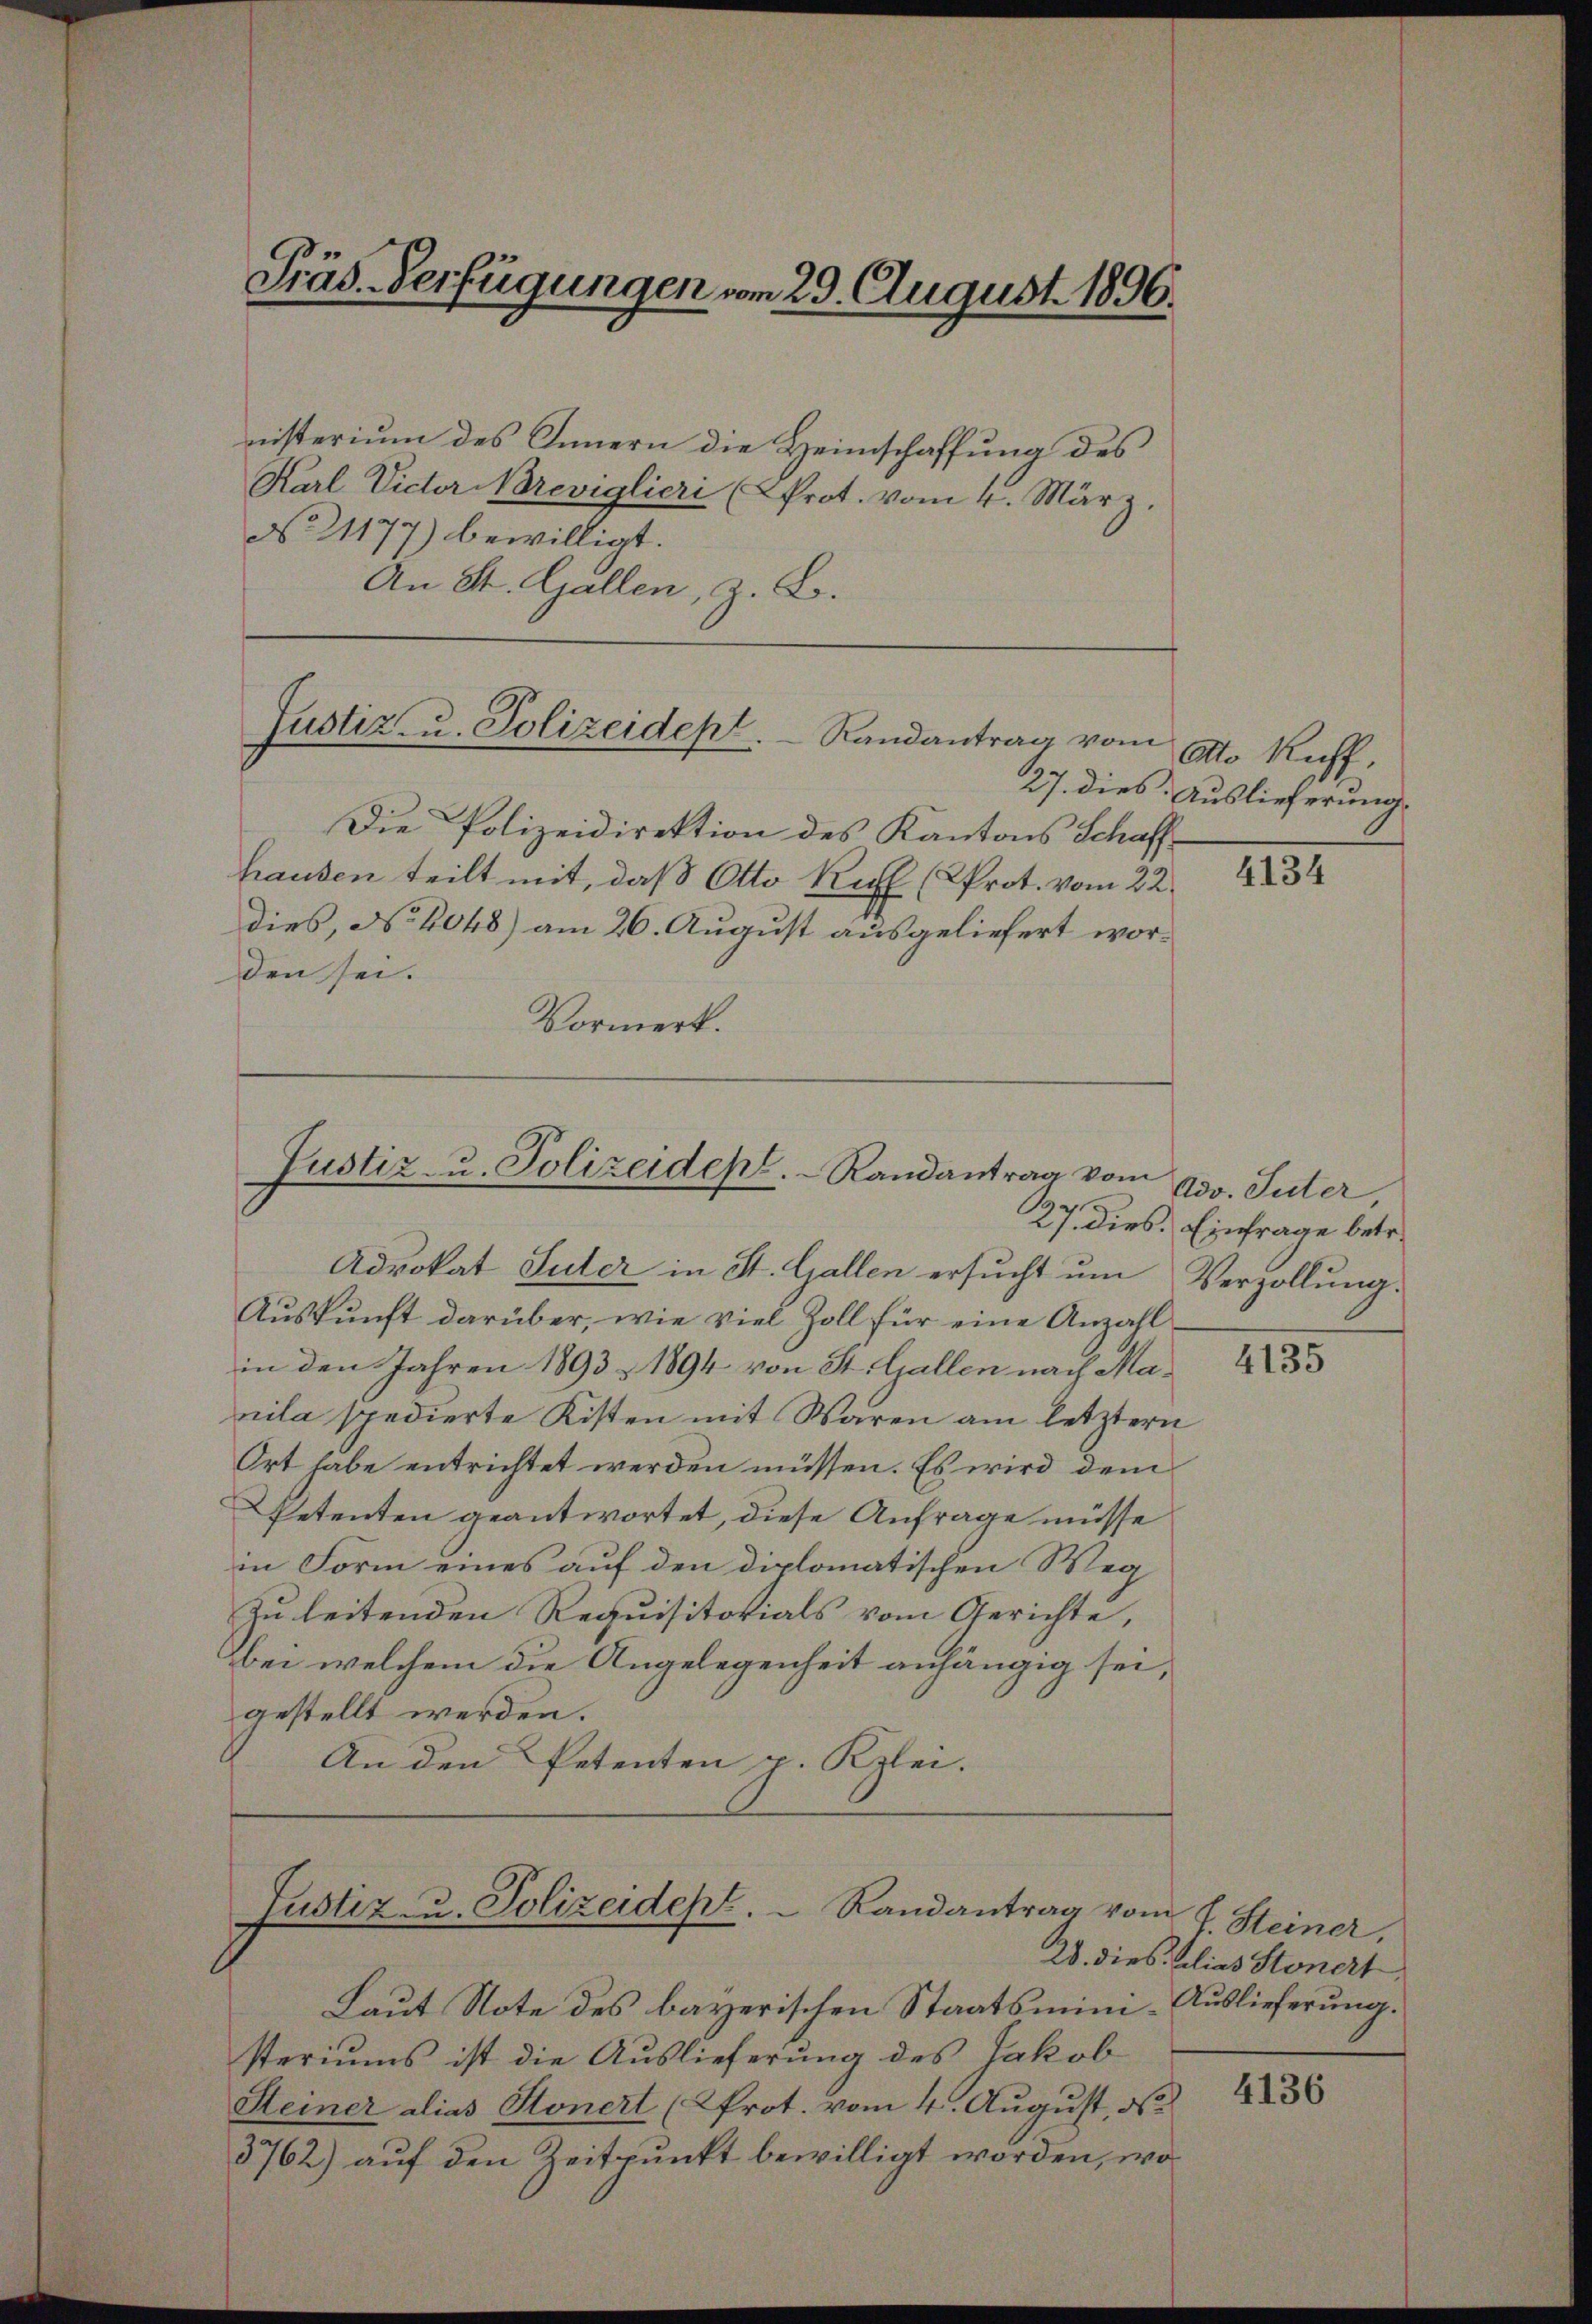
Präs. Verfügungen vom 29. August 1896.

nisterium des Innern die Heimschaffung des
Karl Victor Noreviglieri (Prot. vom 4. März.
No. 21177) bewilligt.
An St. Gallen, z. B.

Justiz- u. Polizeidept. Randantrag vom

Die Polizeidirektion des Kantons Schaffhausen teilt mit, daß Otto Rul (Prot. vom 22.
dies, No 4048) am 26. August ausgeliefert worden sei.
Vormerk.

Justiz- u. Polizeidept. Randantrag vom

Advokat Suter in St. Gallen ersucht um Verzollung.
Auskunft darüber, wie viel Zoll für eine Anzahl
in den Jahren 1893 - 1894 von St. Gallen nach Marila spedierte Kisten mit Waren am letztern
Ort habe entrichtet werden müssen. Es wird dem
Petenten geantwortet, diese Anfrage müsse
in Form eines auf den diplomatischen Weg
Zu leitenden Requisitorials vom Gerichte,
bei welchem die Angelegenheit anhängig sei,
gestellt werden.
An den Petenten p. Kzlei.

Justiz- u. Polizeidept.  Randantrag vom

Laut Note des bayerischen Staatsministeriums ist die Auslieferung des Jakob
Steiner alias Honert (Prot. vom 4. August, d.
3762) auf den Zeitpunkt bewilligt worden, wo

Ato Ruff,
27. dies Auslieferung.

4134

Adv. Suter
27. dies. Einfrage betr.

4135

J. Steiner,
28. dies alias Stonert
Auslieferung.

4136